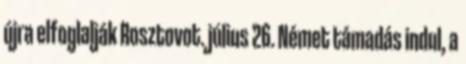
újra elfoglalják Rosztovot. július 26. Német támadás indul, a